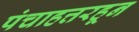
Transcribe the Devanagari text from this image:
पंचाहत्तरहून